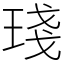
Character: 琖